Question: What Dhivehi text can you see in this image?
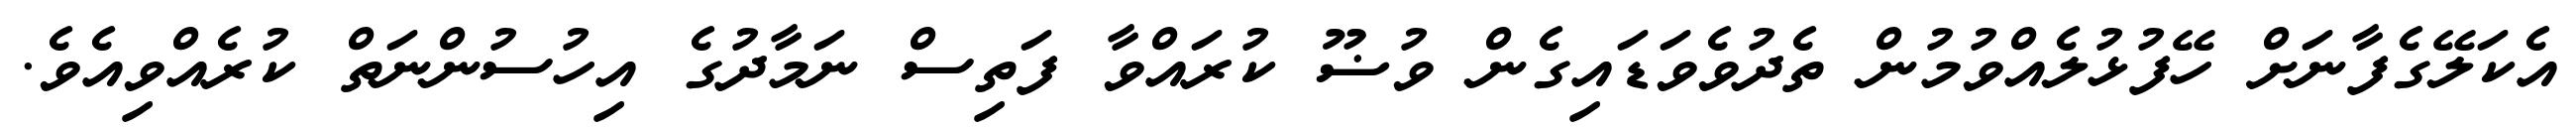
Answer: އެކަލޭގެފާނަށް ހޭފުޅުލެއްވުމުން ތެދުވެވަޑައިގެން ވުޟޫ ކުރައްވާ ފަތިސް ނަމާދުގެ އިހުސުންނަތް ކުރެއްވިއެވެ.